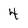
Character: 4